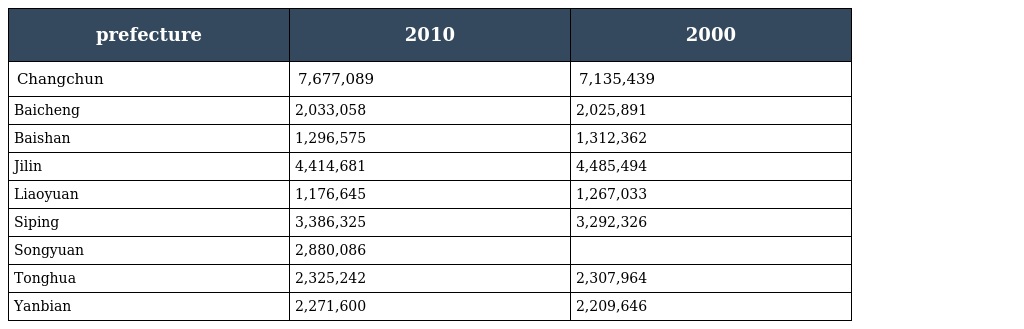
| prefecture | 2010 | 2000 |
 | --- | --- | --- |
 | Changchun | 7,677,089 | 7,135,439 |
 | Baicheng | 2,033,058 | 2,025,891 |
 | Baishan | 1,296,575 | 1,312,362 |
 | Jilin | 4,414,681 | 4,485,494 |
 | Liaoyuan | 1,176,645 | 1,267,033 |
 | Siping | 3,386,325 | 3,292,326 |
 | Songyuan | 2,880,086 |  |
 | Tonghua | 2,325,242 | 2,307,964 |
 | Yanbian | 2,271,600 | 2,209,646 |